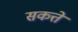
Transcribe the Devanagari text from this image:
सकत्ते